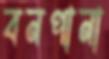
বনপানা